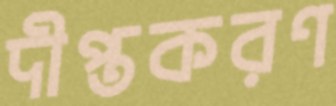
দীপ্তকরণ